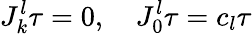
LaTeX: J_{k}^{l}\tau=0,\quad J_{0}^{l}\tau=c_{l}\tau